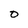
Character: O